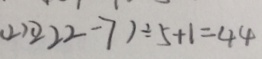
( 2 ) ( 2 2 2 - 7 ) \div 5 + 1 = 4 4